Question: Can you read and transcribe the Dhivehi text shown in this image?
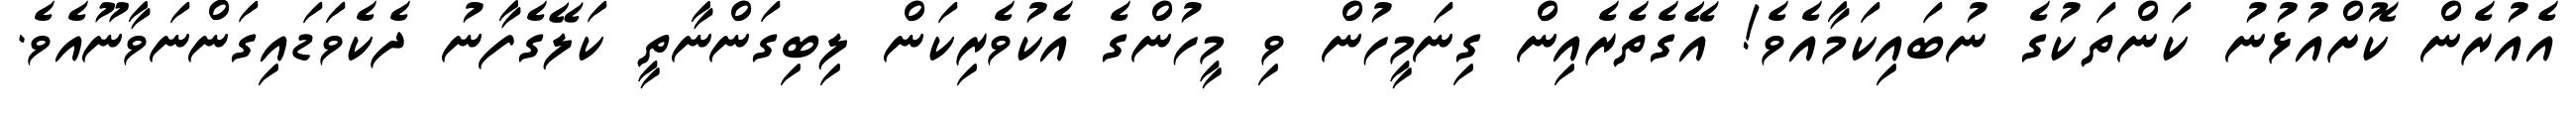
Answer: އެއުރެން ކޮށްއުޅުނު ކަންތަކުގެ ނުބައިކަމާއެވެ! އޭގެތެރެއިން ގިނަމީހުން ވި މީހުންގެ އެކުވެރިކަން ލިބިގަންނާތީ ކަލޭގެފާނު ދެކެވަޑައިގަންނަވާނޫއެވެ.